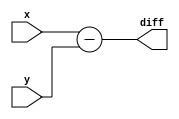
`timescale 1ns / 1ps
//////////////////////////////////////////////////////////////////////////////////
// Company: 
// Engineer: 
// 
// Design Name: 
// Module Name:    SUB 
// Project Name: 
// Target Devices: 
// Tool versions: 
// Description: 
//
// Dependencies: 
//
// Revision: 
// Revision 0.01 - File Created
// Additional Comments: 
//
//////////////////////////////////////////////////////////////////////////////////
module SUB (diff, x, y);
	input [3:0] x,y;
	output reg [3:0] diff;
	always @(*)
		diff=x-y;
endmodule